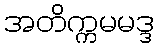
အတိက္ကမမဒ္ဒ